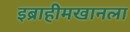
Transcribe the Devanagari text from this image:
इब्राहीमखानला